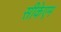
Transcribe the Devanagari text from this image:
सीकेएम